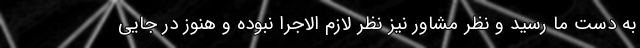
به دست ما رسید و نظر مشاور نیز نظر لازم الاجرا نبوده و هنوز در جایی